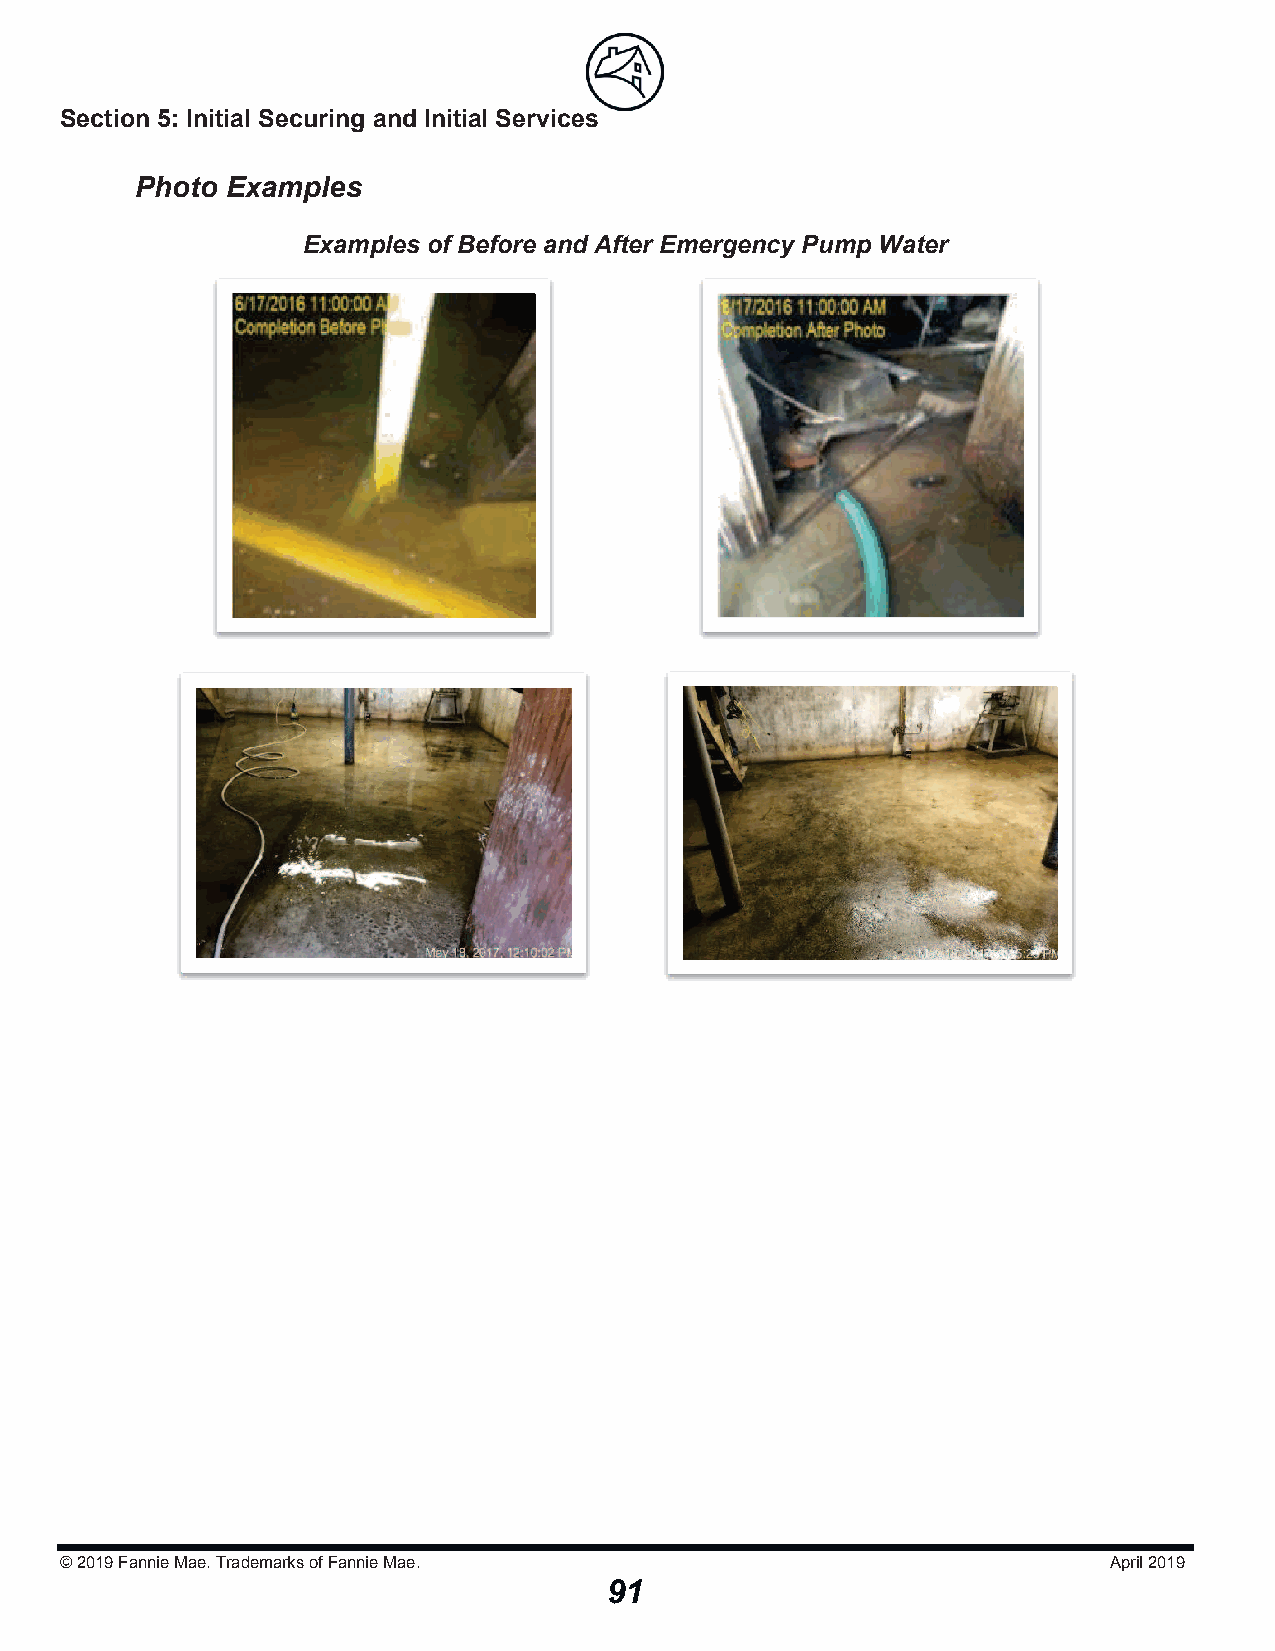
Section 5: Initial Securing and Initial Serviicceess
 Photo Examples
 Examples of Before and After Emergency Pump Water
 © 2019Fannie Mae. Trademarks of Fannie Mae.                          April 2019
 91